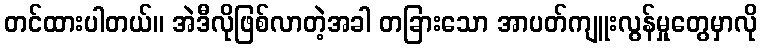
တင်ထားပါတယ်။ အဲဒီလိုဖြစ်လာတဲ့အခါ တခြားသော အာပတ်ကျူးလွန်မှုတွေမှာလို